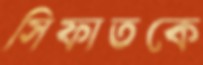
সিফাতকে